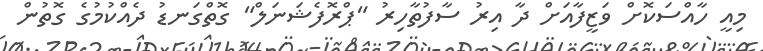
މިއީ ހާއްސަކޮށް ވަޒީފާއަށް ދާ އިރު ސާފުތާހިރު "ޕްރޮފެޝަނަލް" ގޮތްގަނޑު ދެއްކުމުގެ ގޮތުން